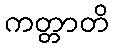
ကတ္တာတိ